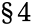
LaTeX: \S 4